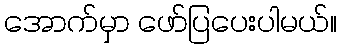
အောက်မှာ ဖော်ပြပေးပါမယ်။